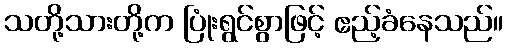
သတို့သားတို့က ပြုံးရွင်စွာဖြင့် ဧည့်ခံနေသည်။